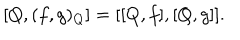
\left[ Q , ( f , g ) _ { Q } \right] = [ [ Q , f ] , [ Q , g ] ] .